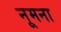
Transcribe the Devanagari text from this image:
नूमना